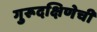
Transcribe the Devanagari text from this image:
गुरूदक्षिणेची